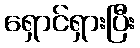
ရှောင်ရှားပြီး